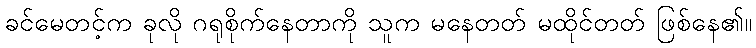
ခင်မေတင့်က ခုလို ဂရုစိုက်နေတာကို သူက မနေတတ် မထိုင်တတ် ဖြစ်နေ၏။